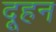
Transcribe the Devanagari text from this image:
दूहन